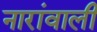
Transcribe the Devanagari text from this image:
नारांवाली